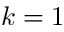
k = 1